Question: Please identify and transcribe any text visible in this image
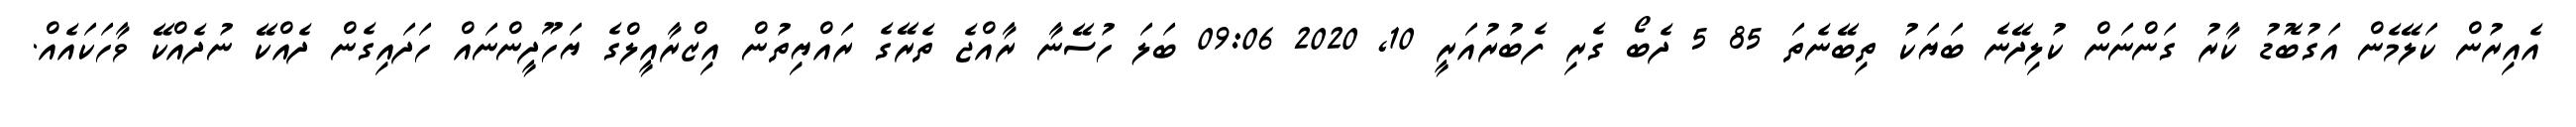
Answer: އެއިރުން ކަލޭމެން އަގުބޮޑު ކާރު ގަންނަން ކުލިދޭނެ ބަޔަކު ތިބޭނެތަ 85 5 ދެބޯ ގެރި ފެބުރުއަރީ 10, 2020 09:06 ބަލަ ހުސޭނާ ރާއްޖެ ތެރޭގެ ރައްޔިތުން އިޒްރާއީލްގެ ޔަހޫދީންނައް ހަދައިގެން ދެއްކޭ ނުދެއްކޭ ވާހަކައެއް.